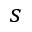
s